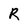
Character: R